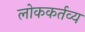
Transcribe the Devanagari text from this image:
लोककर्तव्य